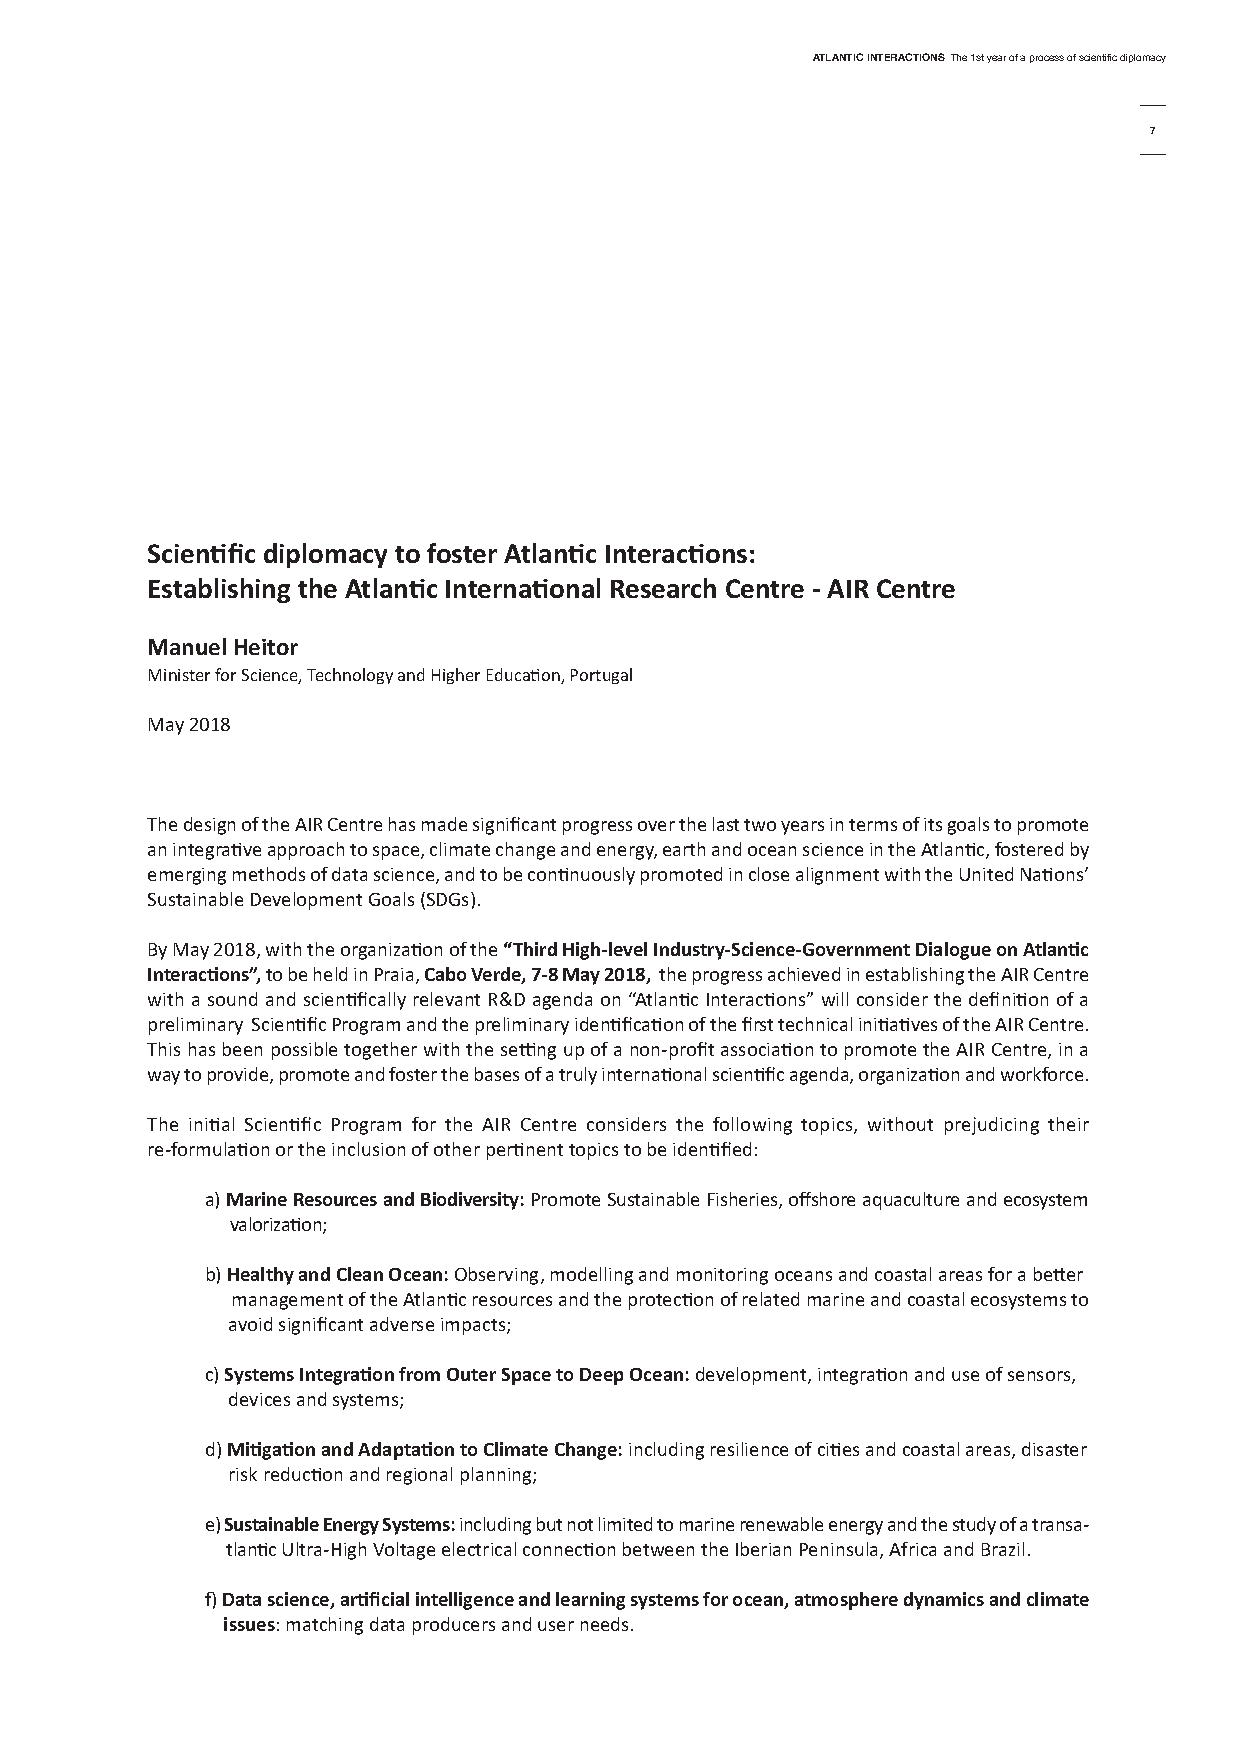
AtlAntic interActionsThe 1st year of a process of scientific diplomacy
 7
 scientific diplomacy to foster Atlantic interactions:
 establishing the Atlantic international research centre - Air centre
 Manuel Heitor
 Minister for Science, Technology and Higher Education, Portugal
 May 2018
 The design of the AIR Centre has made significant progress over the last two years in terms of its goals to promote
 an integrative approach to space, climate change and energy, earth and ocean science in the Atlantic, fostered by
 emerging methods of data science, and to be continuously promoted in close alignment with the United Nations’
 Sustainable Development Goals (SDGs).
 By May 2018, with the organization of the “third High-level industry-science-Government dialogue on Atlantic
 interactions”,to be held in Praia, cabo Verde, 7-8 May 2018, the progress achieved in establishing the AIR Centre
 with a sound and scientifically relevant R&D agenda on “Atlantic Interactions” will consider the definition of a
 preliminary Scientific Program and the preliminary identification of the first technical initiatives of the AIR Centre.
 This has been possible together with the setting up of a non-profit association to promote the AIR Centre, in a
 way to provide, promote and foster the bases of a truly international scientific agenda, organization and workforce.
 The initial Scientific Program for the AIR Centre considers the following topics, without prejudicing their
 re-formulation or the inclusion of other pertinent topics to be identified:
 a) Marine resources and biodiversity:Promote Sustainable Fisheries, offshore aquaculture and ecosystem
 valorization;
 b) Healthy and clean ocean:Observing, modelling and monitoring oceans and coastal areas for a better
 management of the Atlantic resources and the protection of related marine and coastal ecosystems to
 avoid significant adverse impacts;
 c) systems integration from outer space to deep ocean:development, integration and use of sensors,
 devices and systems;
 d) Mitigation and Adaptation to climate change:including resilience of cities and coastal areas, disaster
 risk reduction and regional planning;
 e) sustainable energy systems:including but not limited to marine renewable energy and the study of a transa-
 tlanticUltra-High Voltage electrical connection between the Iberian Peninsula, Africa and Brazil.
 f) data science, artificial intelligence and learning systems for ocean, atmosphere dynamics and climate
 issues: matching data producers and user needs.